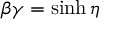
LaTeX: \beta \gamma = \sinh \eta